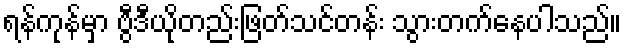
ရန်ကုန်မှာ ဗွီဒီယိုတည်းဖြတ်သင်တန်း သွားတက်နေပါသည်။